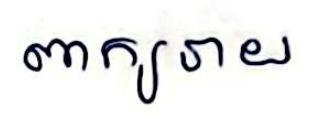
ពាក្យរាយ